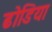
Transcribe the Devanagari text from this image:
ढोडिया